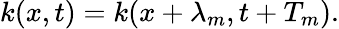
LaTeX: k(x,t)=k(x+\lambda_{m},t+T_{m}).